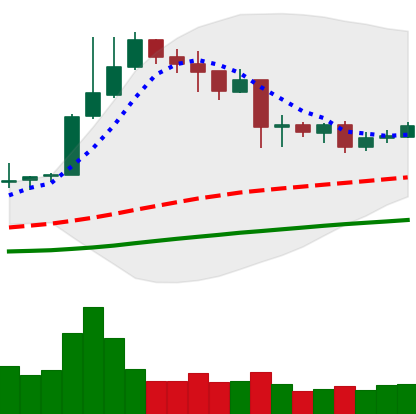
Ticker: NEO-USD
Chart end date: 2019-04-18
Forward return: -7.737%
Label: down_7plus